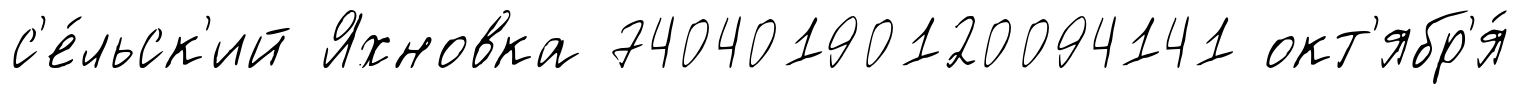
с'е́льск'ий Яхновка 74040190120094141 окт'ябр'я́